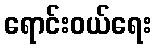
ရောင်းဝယ်ရေး